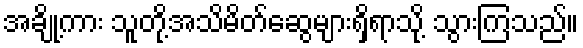
အချို့ကား သူတို့အသိမိတ်ဆွေများရှိရာသို့ သွားကြသည်။